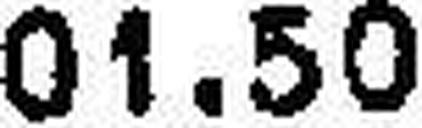
01.50